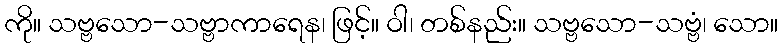
ကို။ သဗ္ဗသော-သဗ္ဗာကာရေန၊ ဖြင့်။ ဝါ၊ တစ်နည်း။ သဗ္ဗသော-သဗ္ဗံ၊ သော။